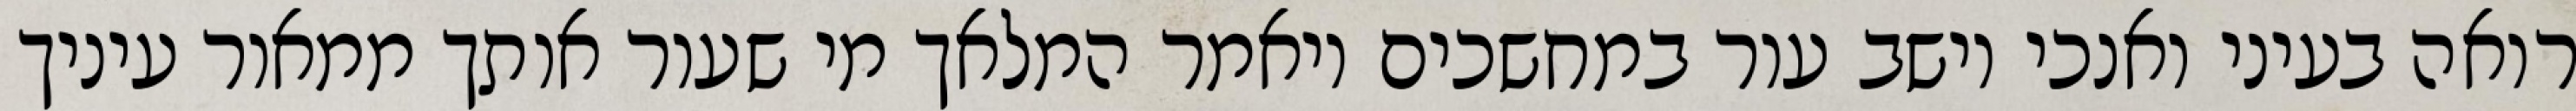
רואה בעיני ואנכי יושב עור במחשכים ויאמר המלאך מי שעור אותך ממאור עיניך